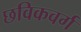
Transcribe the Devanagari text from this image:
छविकवर्ग